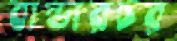
বান্ডারচর